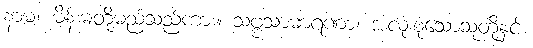
နာမ၊ မိန်းမတို့မည်သည်ကား။ သဗ္ဗသာဓာရဏာ၊ အလုံးစုံသောသူတို့နှင့်